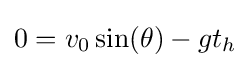
0=v_{0}\sin(\theta )-gt_{h}